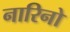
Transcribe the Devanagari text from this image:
नारिनो